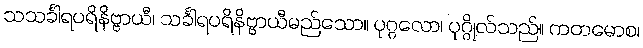
သသင်္ခါရပရိနိဗ္ဗာယီ၊ သင်္ခါရပရိနိဗ္ဗာယီမည်သော။ ပုဂ္ဂလော၊ ပုဂ္ဂိုလ်သည်။ ကတမောစ၊